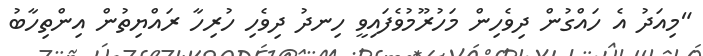
"މިއަދު އެ ހައްގުން ދިވެހިން މަހުރޫމުވެފައިވީ ހިނދު ދިވެހި ހުރިހާ ރައްޔިތުން އިންތިހާބު